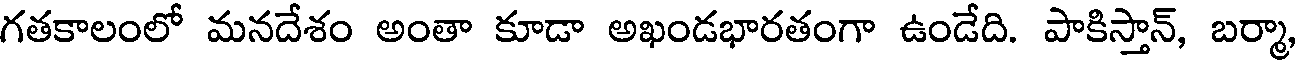
గతకాలంలో మనదేశం అంతా కూడా అఖండభారతంగా ఉండేది. పాకిస్తాన్, బర్మా